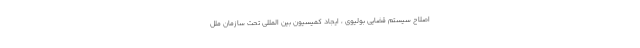
اصلاح سیستم قضایی بولیوی ، ایجاد کمیسیون بین المللی تحت سازمان ملل